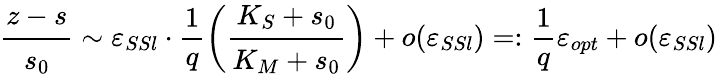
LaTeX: \cfrac{z-s}{s_{0}}\sim\varepsilon_{SSl}\cdot\frac 1q\bigg(\cfrac{K_{S}+s_{0}}{K_{M}+s_{0}}\bigg)+o(\varepsilon_{SSl})=:\frac 1q\varepsilon_{opt}+o(\varepsilon_{SSl})